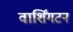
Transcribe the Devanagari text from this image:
वार्शिंगटन